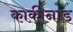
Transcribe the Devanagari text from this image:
काकीनाड